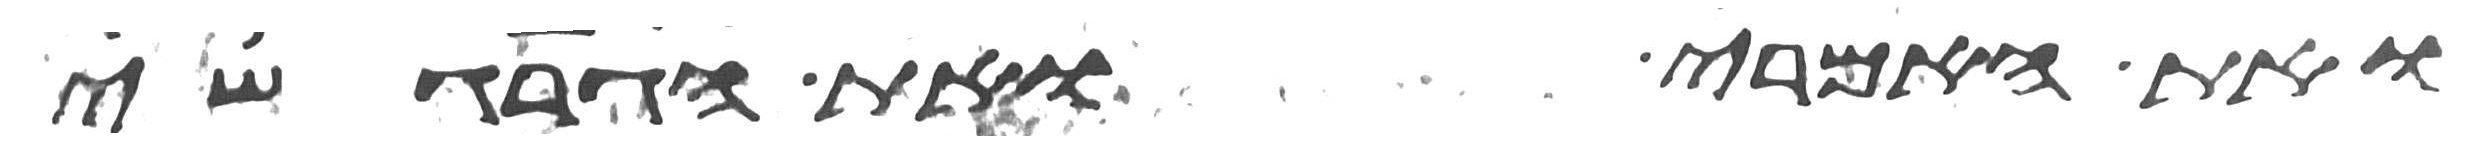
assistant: ואת האמרי ואת הגרגשי